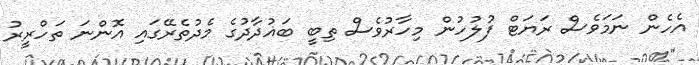
އެހެން ނަމަވެސް ރަޔަޓް ފުލުހުން މިހާރުވެސް ތިބީ ބަޣުދާދުގެ މެދުތެރޭގައި އޮންނަ ތަހްރީރު